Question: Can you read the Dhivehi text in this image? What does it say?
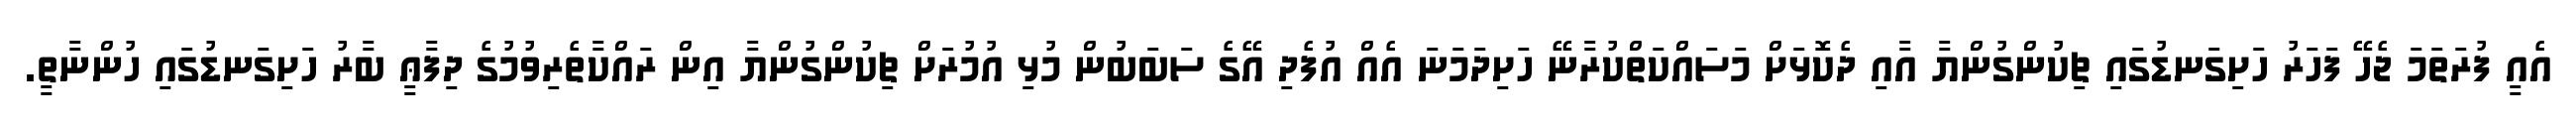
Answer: އެއީ ފުރަތަމަ ޖެހޭ ފަހަރު ހަށިގަނޑުގައި ޗިކުންގުންޔާ އާއި ދެކޮޅަށް މަސައްކަތްކުރާނޭ ހަށިދަމަނަ އެއް އުފެދި އޭގެ ސަބަބުން މުޅި އުމުރަށް ޗިކުންގުންޔާ އިން ރައްކާތެރިވުމުގެ ދިފާޢީ ބާރު ހަށިގަނޑުގައި ހުންނާތީ.